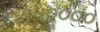
૧૫૦ૢ૦૦૦